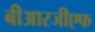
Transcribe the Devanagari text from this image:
बीआरजीएफ